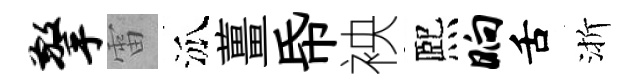
擎雷泒薑帋䘧熈晌舌渐